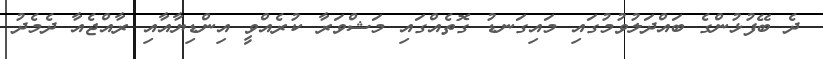
ދެ ބޭފުޅުންގެ ބައްދަލުވުމުގައި މައިގަނޑު ގޮތެއްގައި މަޝްވަރާ ކުރެއްވީ އިންޑިޔާއާއި ރާއްޖެއާ ދެމެދު